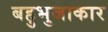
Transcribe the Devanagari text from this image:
बहुभुजाकार